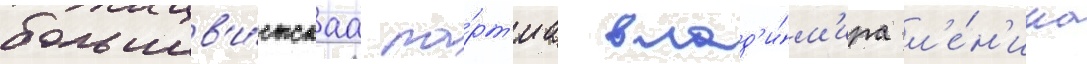
большев'и́стскаа па́рт'иа влад'и́м'ира л'е́н'ина